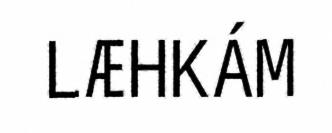
LÆHKÁM